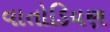
વાતોડિયણ